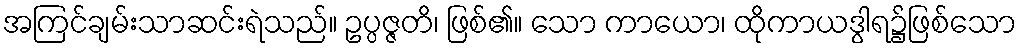
အကြင်ချမ်းသာဆင်းရဲသည်။ ဥပ္ပဇ္ဇတိ၊ ဖြစ်၏။ သော ကာယော၊ ထိုကာယဒွါရ၌ဖြစ်သော